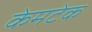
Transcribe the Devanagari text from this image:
केमटेक